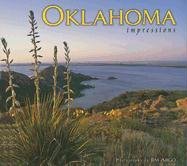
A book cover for Oklahoma Impressions; photography by Jim Argo; Travel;